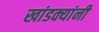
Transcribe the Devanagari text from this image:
खांडक्यांनी